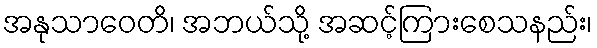
အနုသာဝေတိ၊ အဘယ်သို့ အဆင့်ကြားစေသနည်း၊